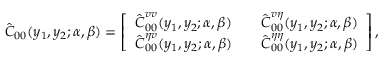
\hat { \boldsymbol { C } } _ { 0 0 } ( y _ { 1 } , y _ { 2 } ; \alpha , \beta ) = \left[ \begin{array} { l l l } { \hat { \boldsymbol { C } } _ { 0 0 } ^ { v v } ( y _ { 1 } , y _ { 2 } ; \alpha , \beta ) } & & { \hat { \boldsymbol { C } } _ { 0 0 } ^ { v \eta } ( y _ { 1 } , y _ { 2 } ; \alpha , \beta ) } \\ { \hat { \boldsymbol { C } } _ { 0 0 } ^ { \eta v } ( y _ { 1 } , y _ { 2 } ; \alpha , \beta ) } & & { \hat { \boldsymbol { C } } _ { 0 0 } ^ { \eta \eta } ( y _ { 1 } , y _ { 2 } ; \alpha , \beta ) } \end{array} \right] \mathrm { , }